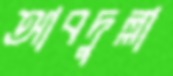
আবদুল্লা